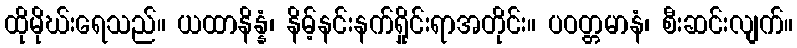
ထိုမိုဃ်းရေသည်။ ယထာနိန္နံ၊ နိမ့်နင်းနက်ရှိုင်းရာအတိုင်း။ ပဝတ္တမာနံ၊ စီးဆင်းလျက်။